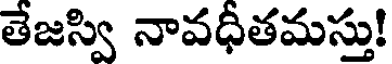
తేజస్వి నావధీతమస్తు!